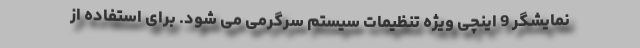
نمایشگر 9 اینچی ویژه تنظیمات سیستم سرگرمی می شود. برای استفاده از